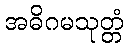
အဓိဂမသုတ္တံ